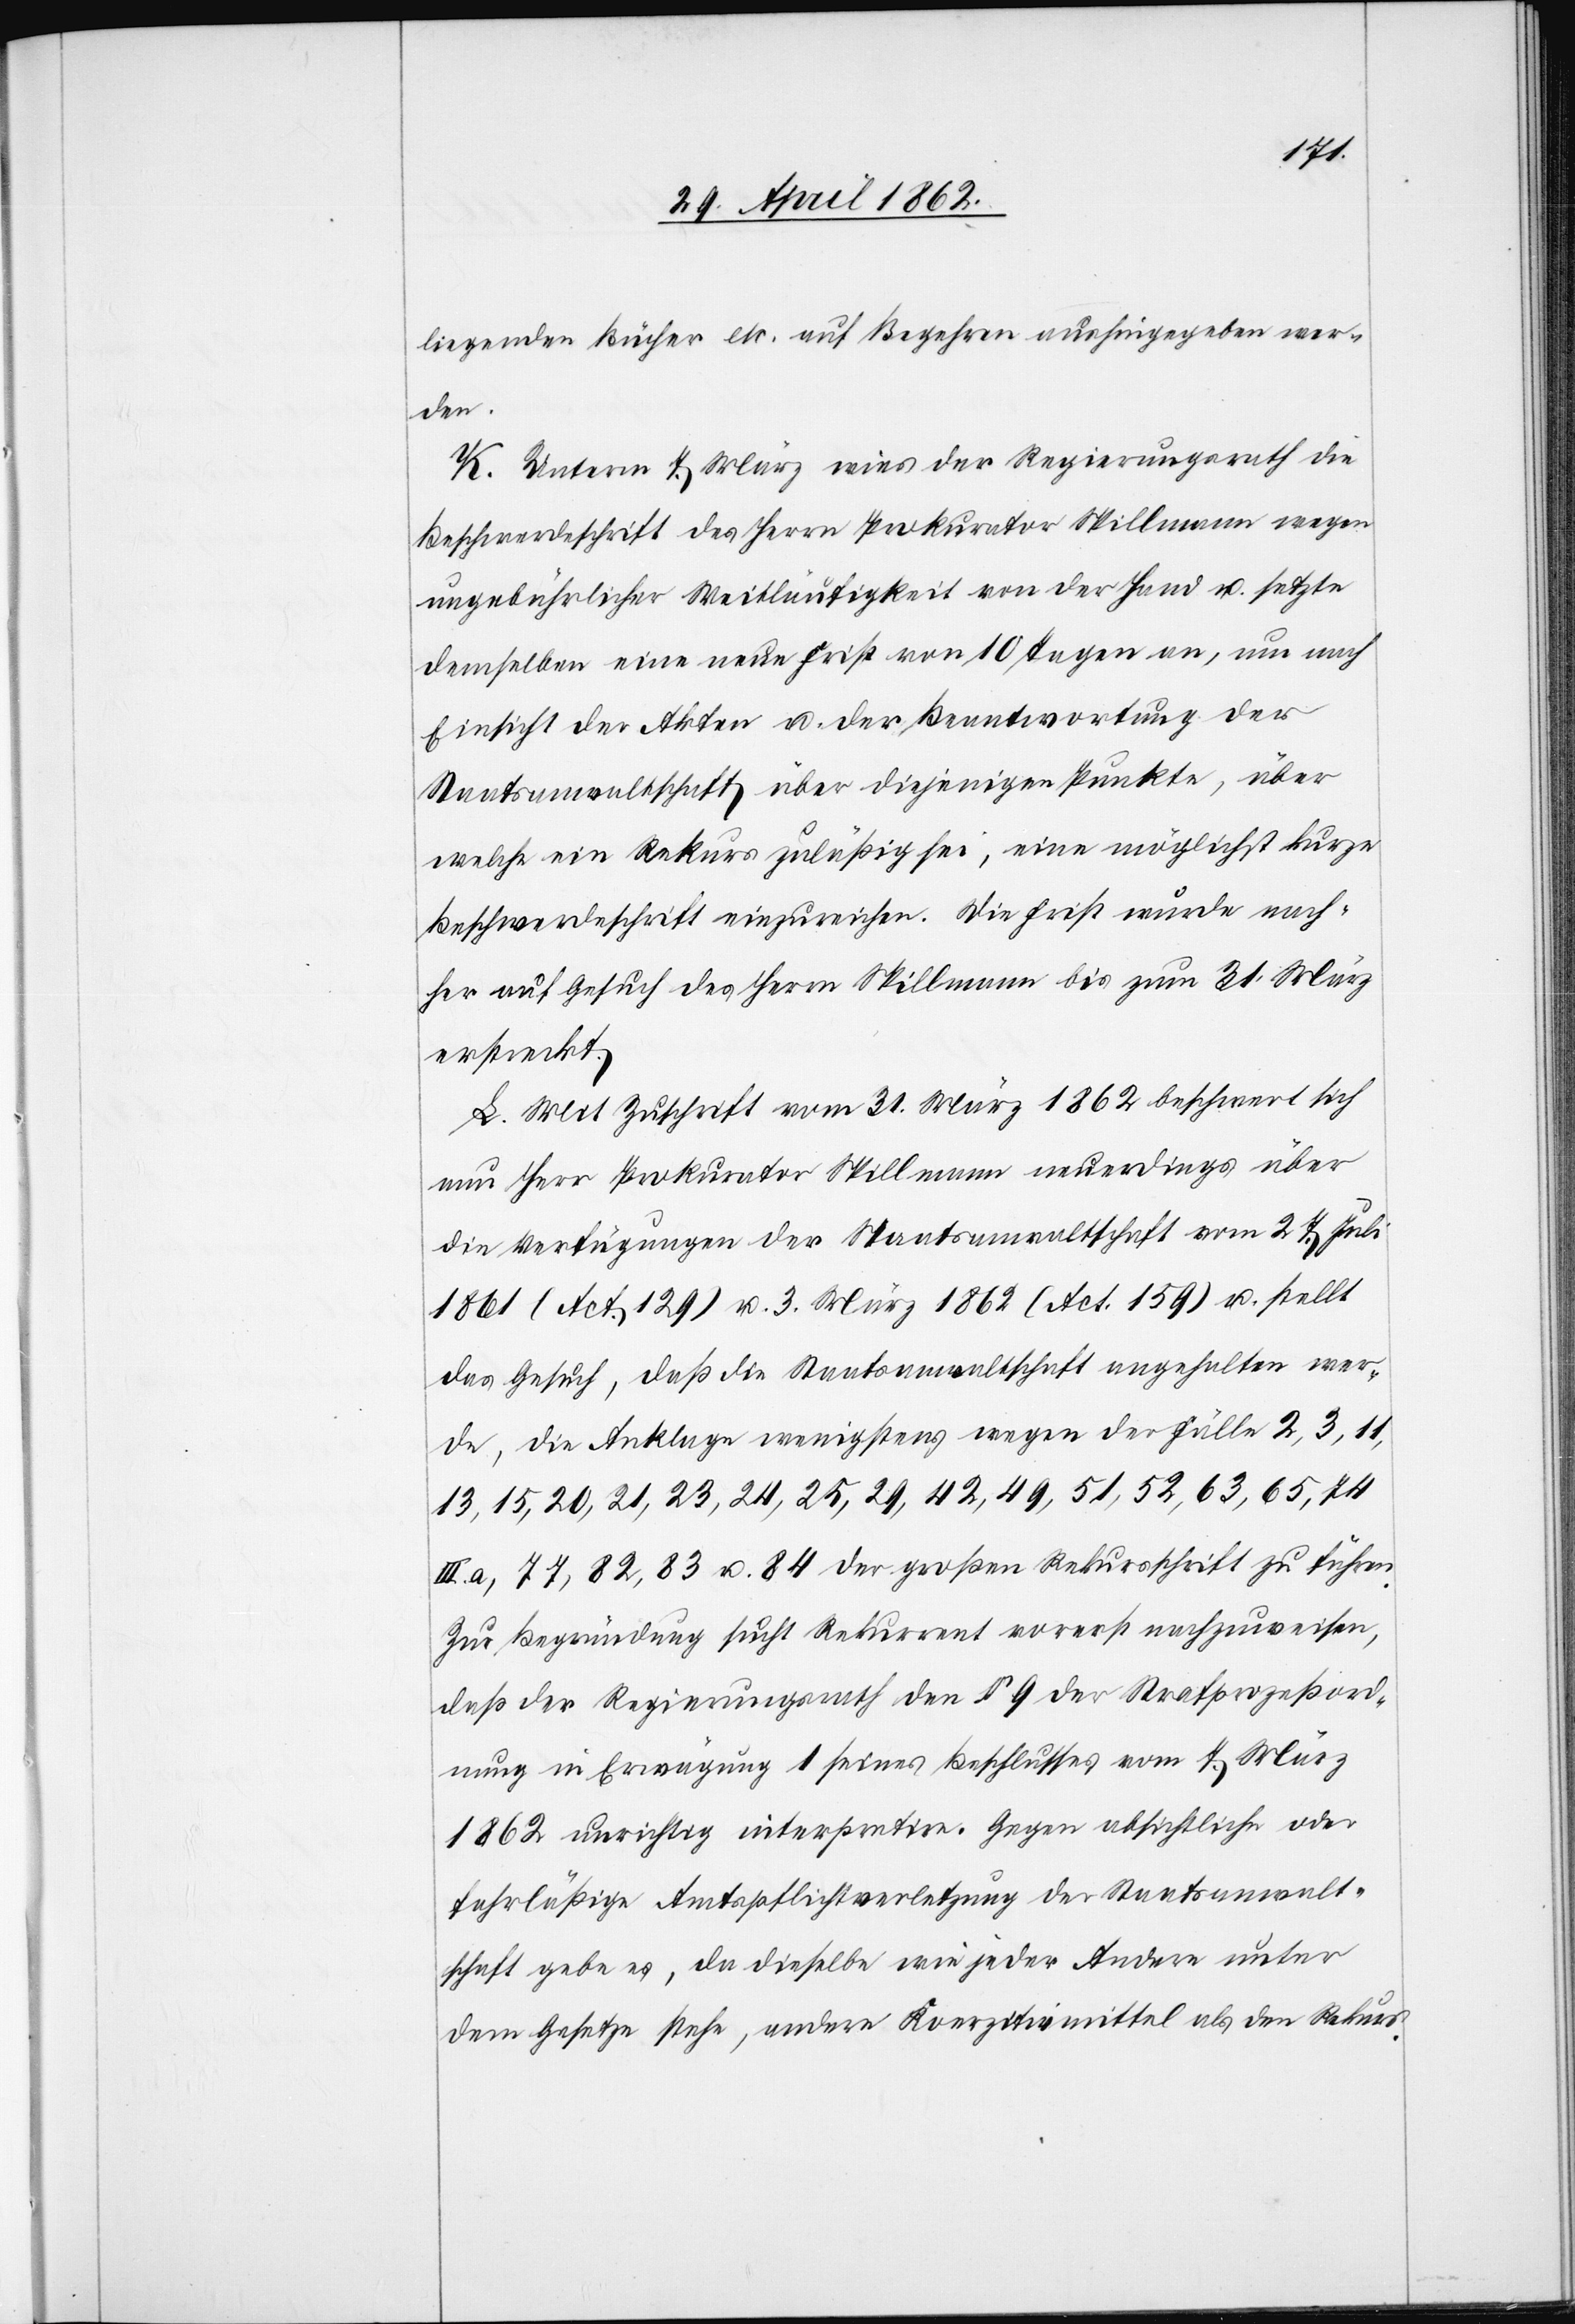
liegenden Bücher etc. auf Begehren aushingeben wer¬
den.
K. Unterm 7. März wies der Regierungsrath die
Beschwerdeschrift des Herrn Prokurator Spillmann wegen
ungebührlicher Weitläufigkeit von der Hand u. setzte
demselben eine neue Frist von 10 Tagen an, um nach
Einsicht der Akten u. der Beantwortung der
Staatsanwaltschaft über diejenigen Punkte, über
welche ein Rekurs zuläßig sei, eine möglichst kurze
Beschwerdeschrift einzureichen. Die Frist wurde nach¬
her auf Gesuch des Herrn Spillmann bis zum 31. März
erstreckt.
L. Mit Zuschrift vom 31. März 1862 beschwert sich
nun Herr Prokurator Spillmann neuerdings über
die Verfügungen der Staatsanwaltschaft vom 27. Juli
1861 (Act. 129) u. 3. März 1862 (Act. 159) u. stellt
das Gesuch, daß die Staatsanwaltschaft angehalten wer¬
de, die Anklage wenigstens wegen der Fälle 2, 3, 11,
13, 15, 20, 21, 23 ,24, 25, 29, 42, 49, 51, 52, 63, 65, 74
a, 77, 82, 83 u. 84 der großen Rekursschrift zu führen.
Zur Begründung sucht Rekurrent vorerst nachzuweisen,
daß der Regierungsrath den § 9 der Strafprozeßord¬
nung in Erwägung 1 seines Beschlusses vom 7. März
1862 unrichtig interpretire. Gegen absichtliche oder
fahrläßige Amtspflichtverletzung der Staatsanwalt¬
schaft gebe es, da dieselbe wie jeder Andere unter
dem Gesetze stehe, andere Koerz[?in]mittel als den Rekurs